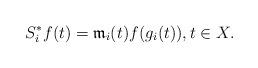
LaTeX: \begin{align*} S_i^*f(t)=\mathfrak{m}_i(t)f(g_i(t)), t\in X.\end{align*}